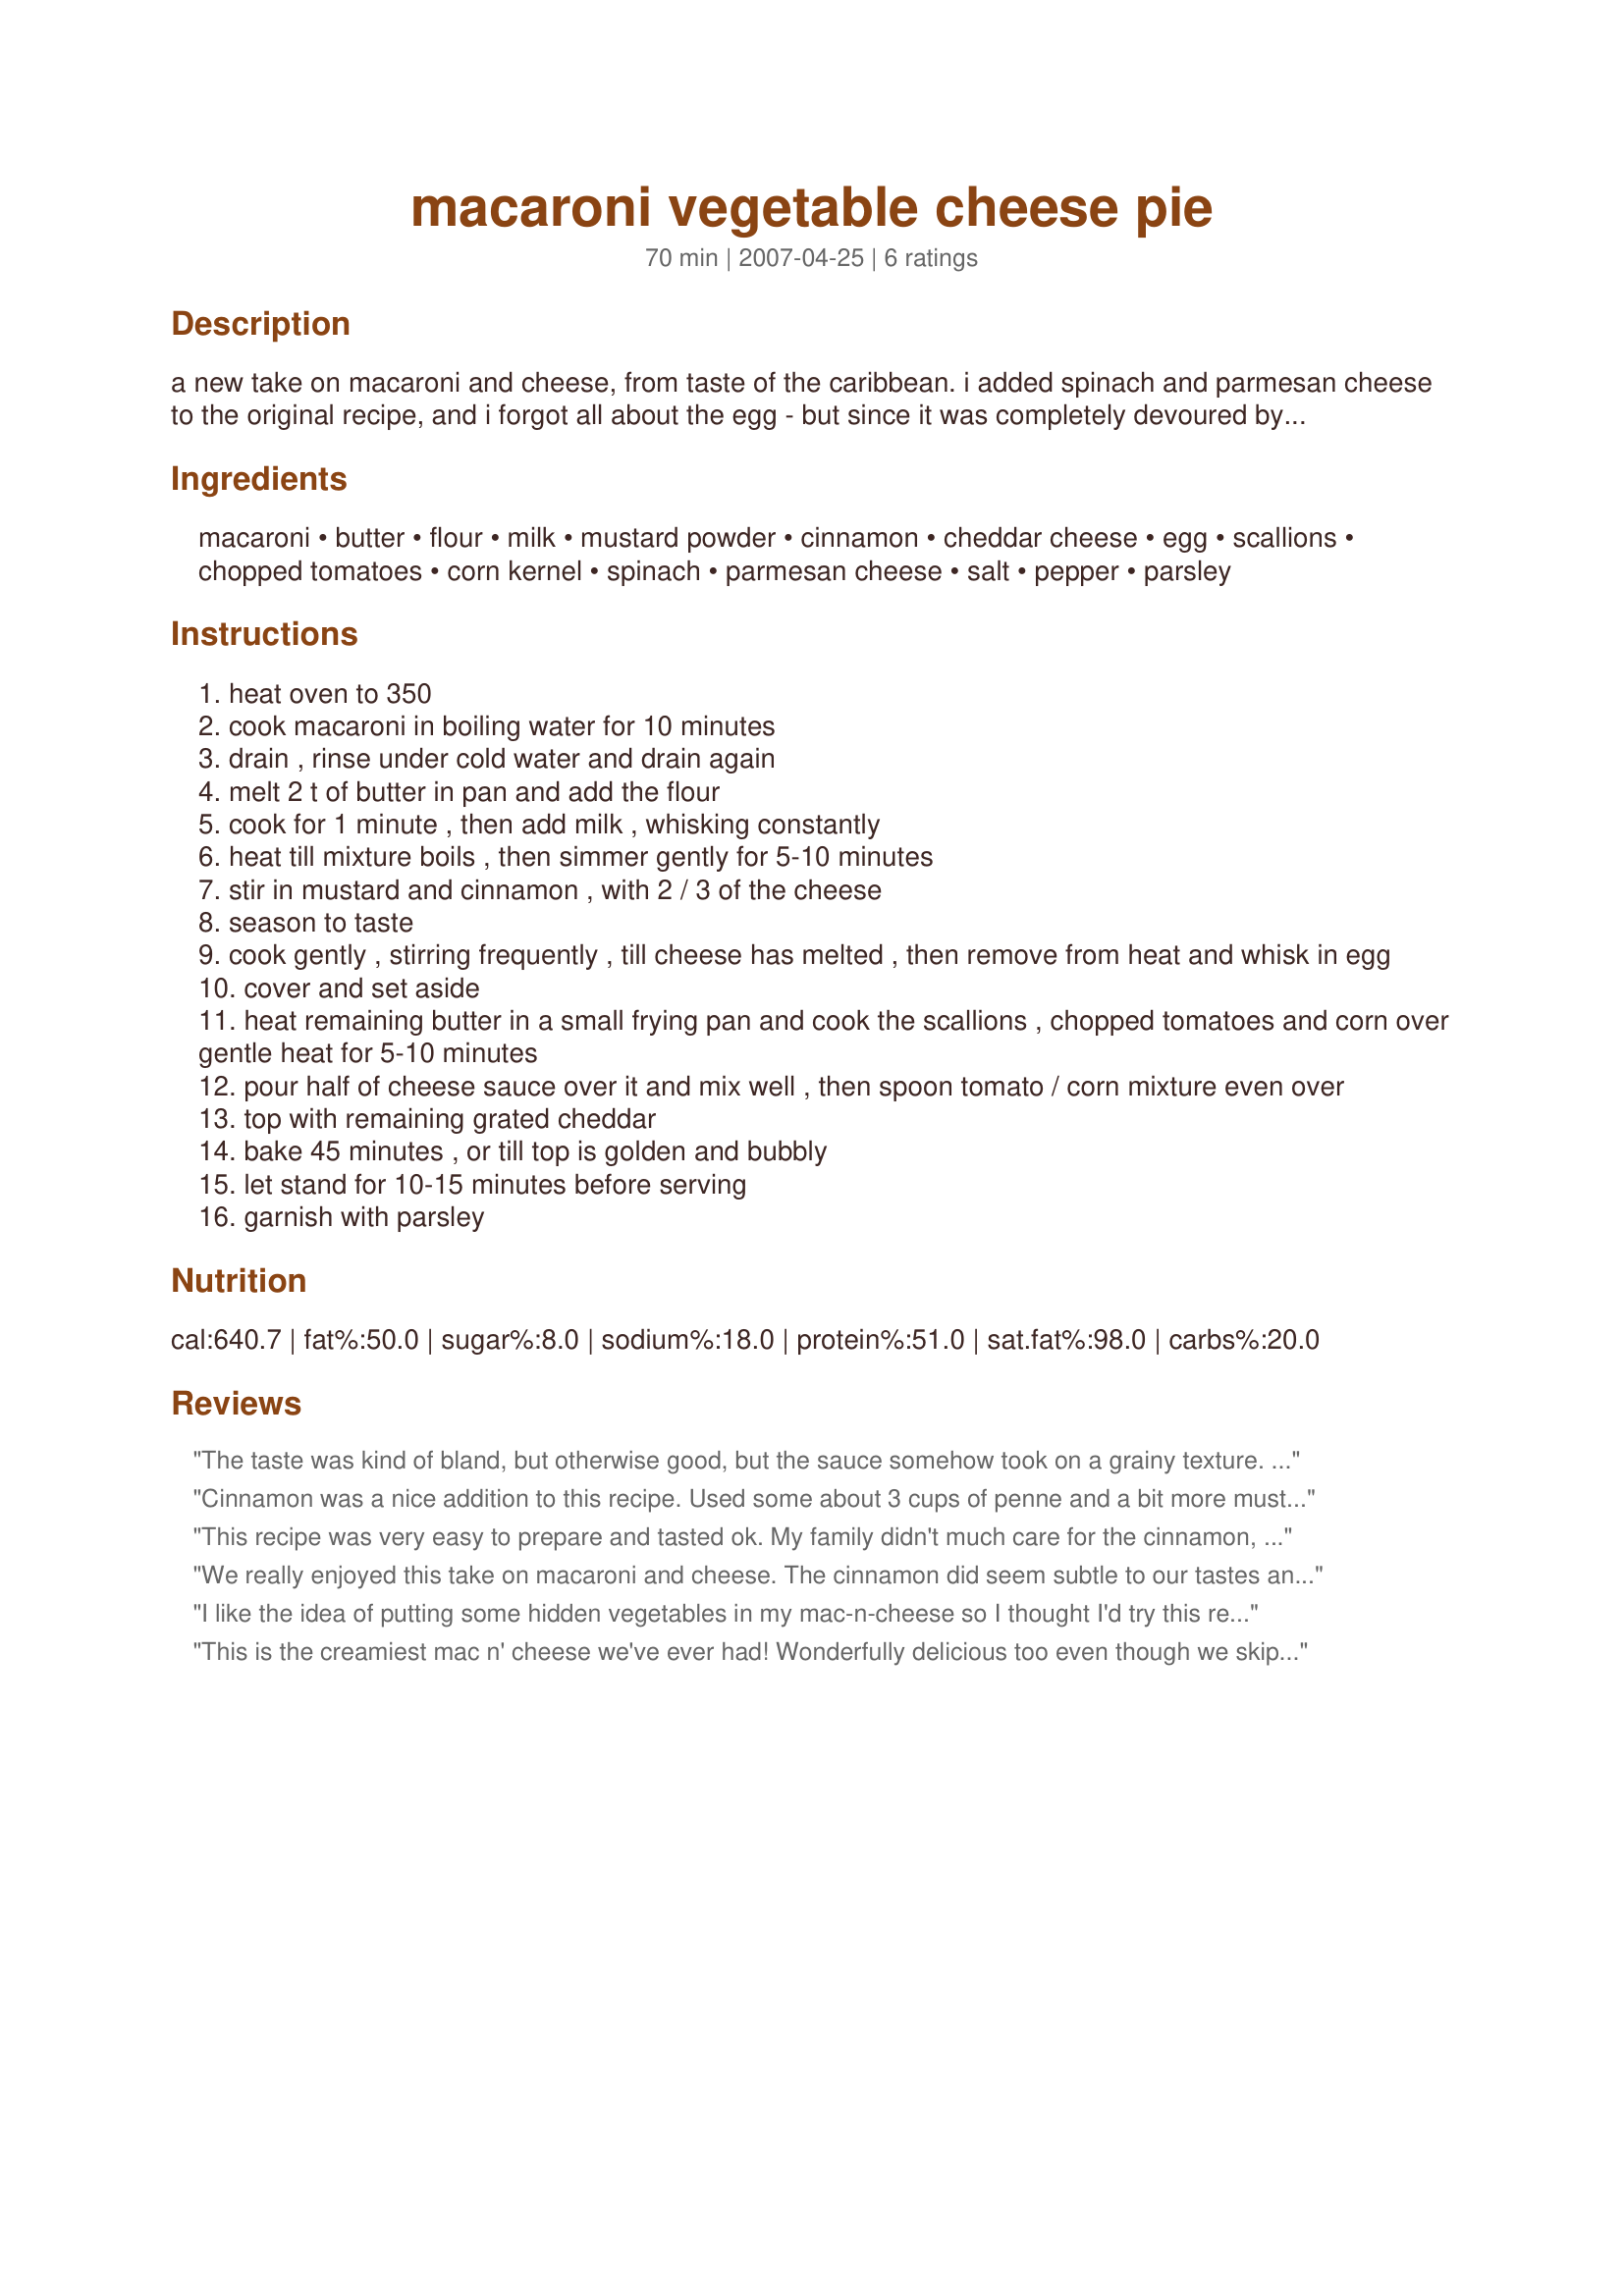
macaroni vegetable cheese pie
Preparation time: 70 minutes

a new take on macaroni and cheese, from taste of the caribbean. i added spinach and parmesan cheese to the original recipe, and i forgot all about the egg - but since it was completely devoured by my husband and son, it must have been okay. don't let the cinnamon scare you - it is very subtle.
note: i've included a bit more information in the directions after the first review that informed me i'd left a couple things out (thanks ellie).

Ingredients:
macaroni, butter, flour, milk, mustard powder, cinnamon, cheddar cheese, egg, scallions, chopped tomatoes, corn kernel, spinach, parmesan cheese, salt, pepper, parsley

Steps:
heat oven to 350
cook macaroni in boiling water for 10 minutes
drain , rinse under cold water and drain again
melt 2 t of butter in pan and add the flour
cook for 1 minute , then add milk , whisking constantly
heat till mixture boils , then simmer gently for 5-10 minutes
stir in mustard and cinnamon , with 2 / 3 of the cheese
season to taste
cook gently , stirring frequently , till cheese has melted , then remove from heat and whisk in egg
cover and set aside
heat remaining butter in a small frying pan and cook the scallions , chopped tomatoes and corn over gentle heat for 5-10 minutes
pour half of cheese sauce over it and mix well , then spoon tomato / corn mixture even over
top with remaining grated cheddar
bake 45 minutes , or till top is golden and bubbly
let stand for 10-15 minutes before serving
garnish with parsley

Reviews:
The taste was kind of bland, but otherwise good, but the sauce somehow took on a grainy texture. It didn't taste funny, but it certainly felt funny. I add cinnamon to almost everything, so it was really nice to add in a pasta dish. We didn't use the spinach, but did top it off with parmesan. I would make this again, but I think with more seasoning.
Cinnamon was a nice addition to this recipe. Used some about 3 cups of penne and a bit more mustard powder as well as low-fat milk. Added about 1 tomato and some fresh spinach. This was a hit! Thanks pattikay! :)
This recipe was very easy to prepare and tasted ok. My family didn't much care for the cinnamon, but admitted it was certainly differant and worth trying. Made for ZWT 3. :)
We really enjoyed this take on macaroni and cheese. The cinnamon did seem subtle to our tastes and we really enjoyed the addition of the spinach, tomatoes and scallions. It is a great way to get those vegetables in! Made for ZWT3 2007.
I like the idea of putting some hidden vegetables in my mac-n-cheese so I thought I'd try this recipe. The sauce was really bland with only 4-6 ounces of cheese. I increased the shredded cheddar to about 2 cups and added 1.5 teaspoons of coarse sea salt. That really helped bring out the flavor. I didn't have mustard powder so I substituted 1 Tablespoon of yellow mustard. I also wanted to add a little kick to this dish so I put a layer of sliced pepper jack cheese between the vegetables and the top layer of macaroni. It wasn't overpowering (only used 2 slices of cheese) and it gave a little &quot;surprise&quot; to the flavor. I found this recipe very labor intensive - took 45 mins to prep it for the oven and dirtied at least 4 pans. I like the idea, but I think I'd use leftover vegetables next time (precooked) and I don't think you need to cook the scallions and tomato - the baking should soften them enough. I baked it 30 mins, then turned off the oven and let it sit inside for 15 mins. Came out perfect! Looks great and tastes good. Three adults ate only half the pan so I think it could feed 6 (and we went back for seconds!).
This is the creamiest mac n' cheese we've ever had! Wonderfully delicious too even though we skipped the tomatoe and scallions. By the way I didn't understand the description which mentioned spinach and parmesan - how much and where to add. Thanks for sharing this keeper!
